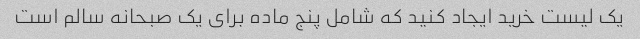
یک لیست خرید ایجاد کنید که شامل پنج ماده برای یک صبحانه سالم است